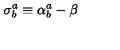
\mathbf { \sigma } _ { b } ^ { a } \equiv \mathbf { \alpha } _ { b } ^ { a } - \mathbf { \beta }